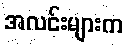
အလင်းများက